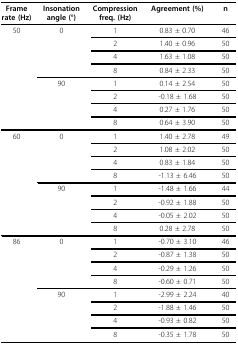
<table><thead><tr><td><b>Frame rate (Hz)</b></td><td><b>Insonation angle (°)</b></td><td><b>Compression freq. (Hz)</b></td><td><b>Agreement (%)</b></td><td><b>n</b></td></tr></thead><tbody><tr><td>50</td><td>0</td><td>1</td><td>0.83 ± 0.70</td><td>46</td></tr><tr><td></td><td></td><td>2</td><td>1.40 ± 0.96</td><td>50</td></tr><tr><td></td><td></td><td>4</td><td>1.63 ± 1.08</td><td>50</td></tr><tr><td></td><td></td><td>8</td><td>0.84 ± 2.33</td><td>50</td></tr><tr><td></td><td>90</td><td>1</td><td>0.14 ± 2.54</td><td>50</td></tr><tr><td></td><td></td><td>2</td><td>-0.18 ± 1.68</td><td>50</td></tr><tr><td></td><td></td><td>4</td><td>0.27 ± 1.76</td><td>50</td></tr><tr><td></td><td></td><td>8</td><td>0.64 ± 3.90</td><td>50</td></tr><tr><td>60</td><td>0</td><td>1</td><td>1.40 ± 2.78</td><td>49</td></tr><tr><td></td><td></td><td>2</td><td>1.08 ± 2.02</td><td>50</td></tr><tr><td></td><td></td><td>4</td><td>0.83 ± 1.84</td><td>50</td></tr><tr><td></td><td></td><td>8</td><td>-1.13 ± 6.46</td><td>50</td></tr><tr><td></td><td>90</td><td>1</td><td>-1.48 ± 1.66</td><td>44</td></tr><tr><td></td><td></td><td>2</td><td>-0.92 ± 1.88</td><td>50</td></tr><tr><td></td><td></td><td>4</td><td>-0.05 ± 2.02</td><td>50</td></tr><tr><td></td><td></td><td>8</td><td>0.28 ± 2.78</td><td>50</td></tr><tr><td>86</td><td>0</td><td>1</td><td>-0.70 ± 3.10</td><td>46</td></tr><tr><td></td><td></td><td>2</td><td>-0.87 ± 1.38</td><td>50</td></tr><tr><td></td><td></td><td>4</td><td>-0.29 ± 1.26</td><td>50</td></tr><tr><td></td><td></td><td>8</td><td>-0.60 ± 0.71</td><td>50</td></tr><tr><td></td><td>90</td><td>1</td><td>-2.99 ± 2.24</td><td>40</td></tr><tr><td></td><td></td><td>2</td><td>-1.88 ± 1.46</td><td>50</td></tr><tr><td></td><td></td><td>4</td><td>-0.93 ± 0.82</td><td>50</td></tr><tr><td></td><td></td><td>8</td><td>-0.35 ± 1.78</td><td>50</td></tr></tbody></table>